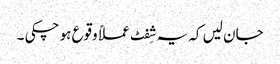
جان لیں کہ یہ شِفٹ عملاً وقوع ہو چکی ۔